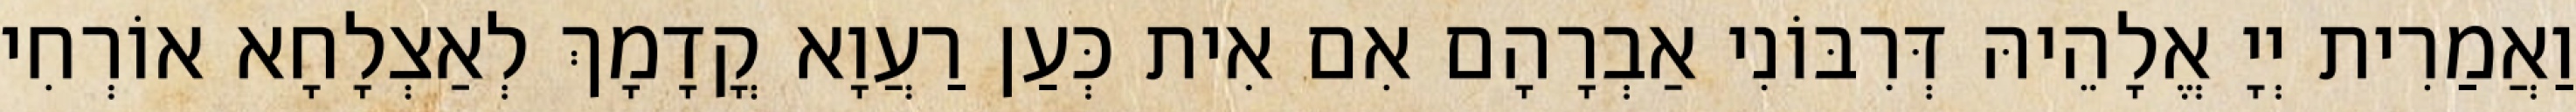
וַאֲמַרִית יְיָ אֱלָהֵיהּ דְּרִבּוֹנִי אַבְרָהָם אִם אִית כְּעַן רַעֲוָא קֳדָמָךְ לְאַצְלָחָא אוֹרְחִי